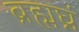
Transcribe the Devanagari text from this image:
ब्रह्मघ्नं